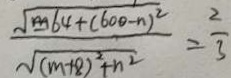
\frac { \sqrt { 6 4 + ( 6 0 0 - n ) ^ { 2 } } } { \sqrt { ( m + 8 ) ^ { 2 } + n ^ { 2 } } } = \frac { 2 } { 3 }